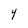
Character: Y